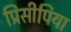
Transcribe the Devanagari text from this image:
प्रिंसीपिया